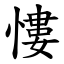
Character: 慺